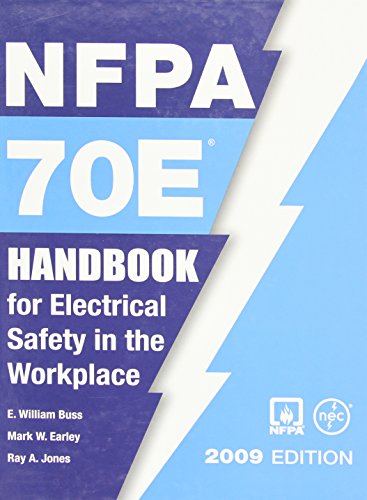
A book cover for Nfpa 70e: Handbook for Electrical Safety in the Workplace, 2009; E. William Buss; Health, Fitness & Dieting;